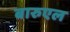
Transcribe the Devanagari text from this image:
बारुएल